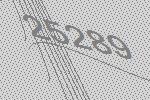
25289